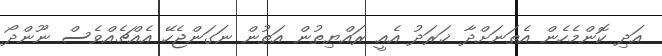
އަދި ކޮންމެހެން އެތަނަށްދާ ޚަރަދު އެއީ ރައްޔިތުން އަތުން ނަގަންޖެހޭ އެއްޗެއްވެސް ނޫންދޯ